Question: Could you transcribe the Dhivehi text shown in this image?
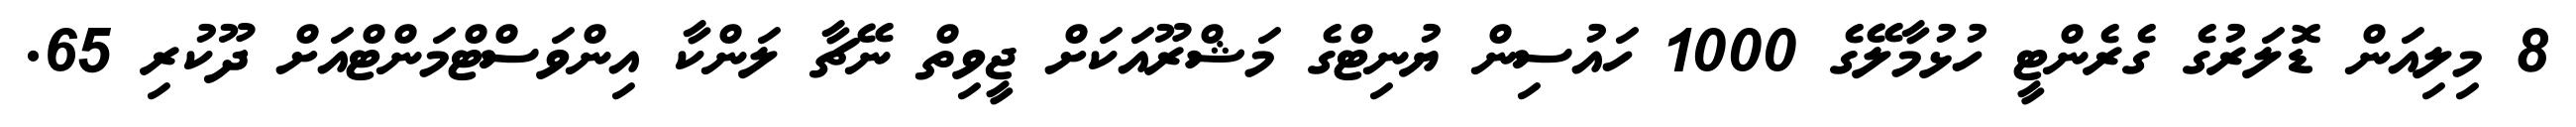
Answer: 8 މިލިއަން ޑޮލަރުގެ ގެރެންޓީ ހުޅުމާލޭގެ 1000 ހައުސިން ޔުނިޓްގެ މަޝްރޫއަކަށް ޖީވިތް ނޭޗާ ލަންކާ އިންވަސްޓްމަންޓްއަށް ދޫކުރި 65.